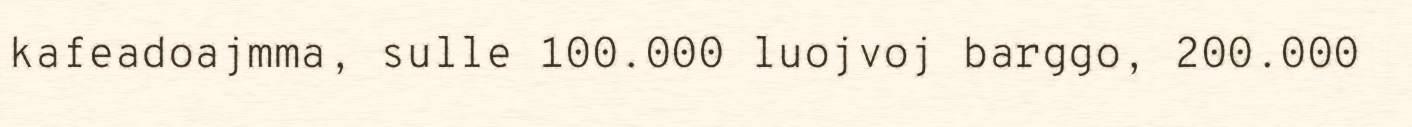
kafeadoajmma, sulle 100.000 luojvoj barggo, 200.000